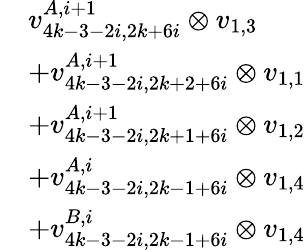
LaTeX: \begin{array}{rl}&{v_{4k-3-2i,2k+6i}^{A,i+1}\otimes v_{1,3}}\\ &{+v_{4k-3-2i,2k+2+6i}^{A,i+1}\otimes v_{1,1}}\\ &{+v_{4k-3-2i,2k+1+6i}^{A,i+1}\otimes v_{1,2}}\\ &{+v_{4k-3-2i,2k-1+6i}^{A,i}\otimes v_{1,4}}\\ &{+v_{4k-3-2i,2k-1+6i}^{B,i}\otimes v_{1,4}}\end{array}